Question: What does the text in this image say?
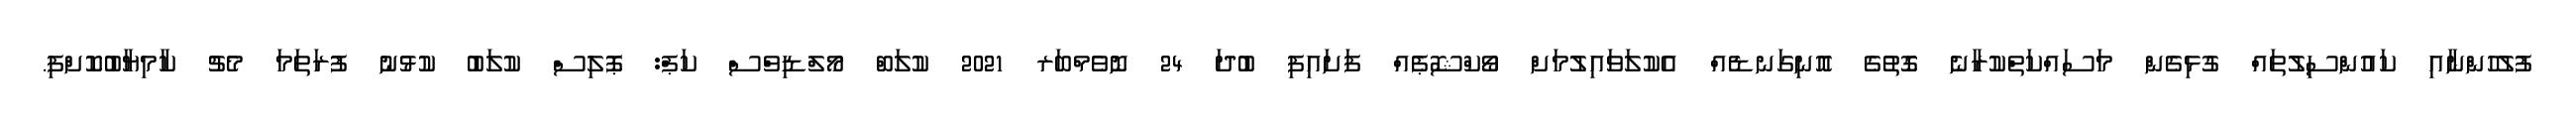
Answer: ފުލުހުންނާއި ކައުންސިލުތައް ގުޅިގެން މަސައްކަތްކުރާނެ ގޮތުގެ އޮނިގަނޑެއް އެކުލަވައިލުމަށް ވޯކްޝޮޕެއް ފަށައިފި ބުދަ 24 ނޮވެމްބަރ 2021 ކުލަބް މޯލްޑިވްސް ކަޕް: ޕޮލިސް ކުލަބު ކުޅުނު ފުރަތަމަ މެޗު ކާމިޔާބުކޮށްފި.